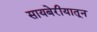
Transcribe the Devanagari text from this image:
सायबेरीयातून